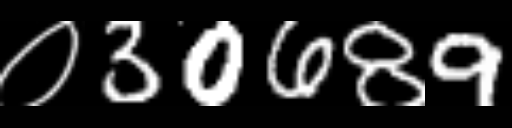
Text: ०30689